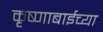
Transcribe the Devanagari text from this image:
कृष्णाबाईच्या